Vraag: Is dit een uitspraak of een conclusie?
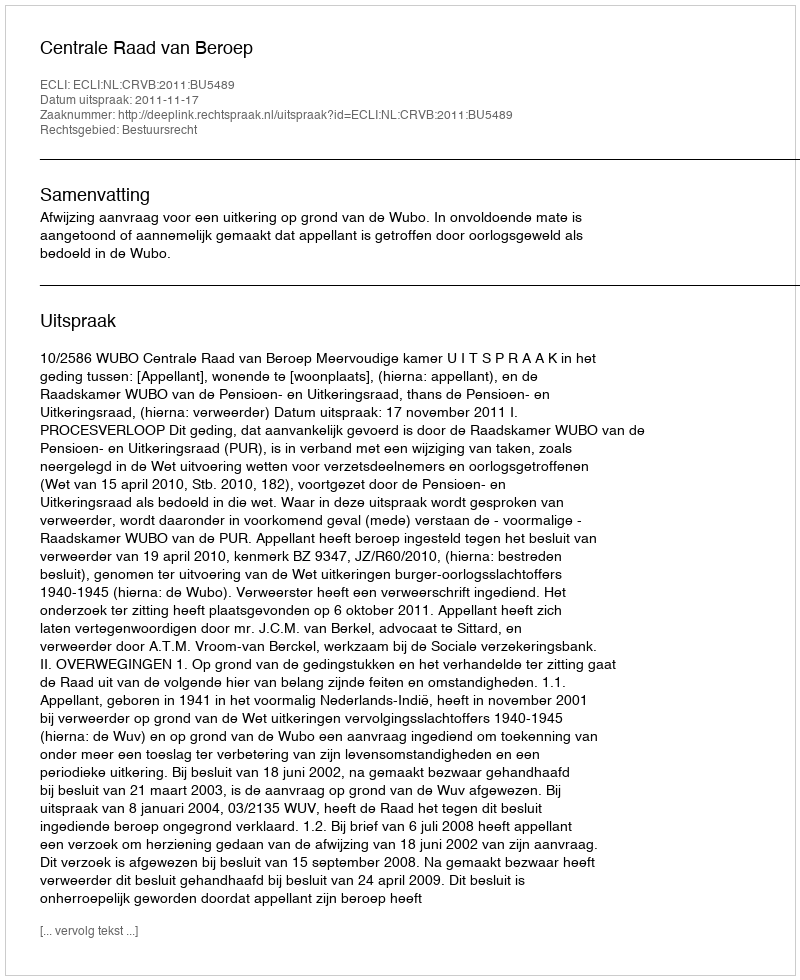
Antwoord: Uitspraak